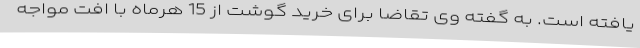
یافته است. به گفته وی تقاضا برای خرید گوشت از 15 هرماه با افت مواجه